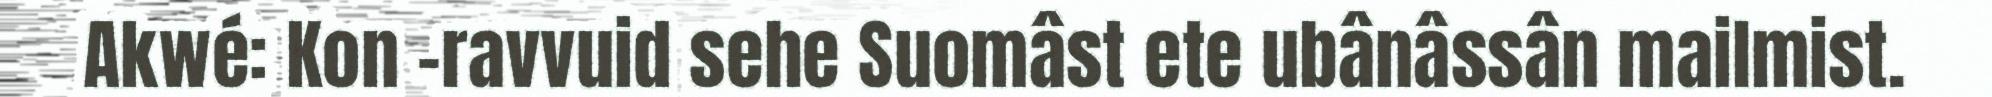
Akwé: Kon –ravvuid sehe Suomâst ete ubânâssân mailmist.